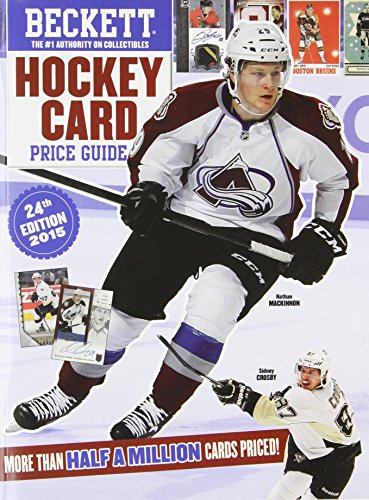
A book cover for Beckett 2015 Hockey Price Guide 24th Edition (Beckett Hockey Card Price Guide); Crafts, Hobbies & Home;